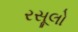
રસૂલો